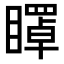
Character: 𥋽